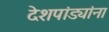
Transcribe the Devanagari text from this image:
देशपांड्यांना